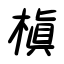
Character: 槇